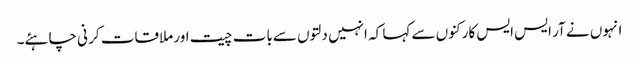
انہوں نے آر ایس ایس کارکنوں سے کہا کہ انہیں دلتوں سےبات چیت اور ملاقات کر نی چاہئے۔